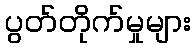
ပွတ်တိုက်မှုများ